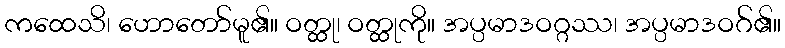
ကထေသိ၊ ဟောတော်မူ၏။ ဝတ္ထု၊ ဝတ္ထုကို။ အပ္ပမာဒဝဂ္ဂဿ၊ အပ္ပမာဒဝဂ်၏။